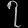
Digit: ၇